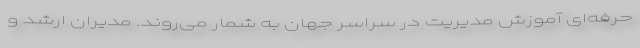
حرفه‌ای آموزش مدیریت در سراسر جهان به شمار می‌روند. مدیران ارشد و